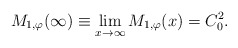
\begin{align*}M_{1,\varphi}(\infty)\equiv \lim\limits_{x \rightarrow \infty} M_{1,\varphi}(x) = {C_{0}^2.}\end{align*}